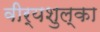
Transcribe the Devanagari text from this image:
वीर्यशुल्का